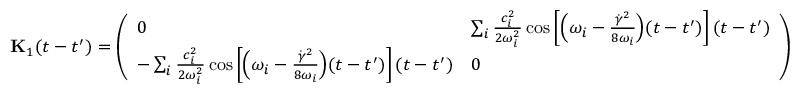
\mathbf { { K } } _ { 1 } ( t - t ^ { \prime } ) = \left( \begin{array} { l l } { 0 } & { \sum _ { i } \frac { c _ { i } ^ { 2 } } { 2 \omega _ { i } ^ { 2 } } \cos \left[ \Bigl ( \omega _ { i } - \frac { \dot { \gamma } ^ { 2 } } { 8 \omega _ { i } } \Bigr ) ( t - t ^ { \prime } ) \right] ( t - t ^ { \prime } ) } \\ { - \sum _ { i } \frac { c _ { i } ^ { 2 } } { 2 \omega _ { i } ^ { 2 } } \cos \left[ \Bigl ( \omega _ { i } - \frac { \dot { \gamma } ^ { 2 } } { 8 \omega _ { i } } \Bigr ) ( t - t ^ { \prime } ) \right] ( t - t ^ { \prime } ) } & { 0 } \end{array} \right)